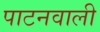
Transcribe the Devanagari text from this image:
पाटनवाली